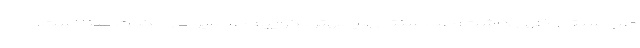
طب سنتی اظهار داشت: طب سنتی و یا بهتر بگوییم طب ایرانی حکمت مبنا است،